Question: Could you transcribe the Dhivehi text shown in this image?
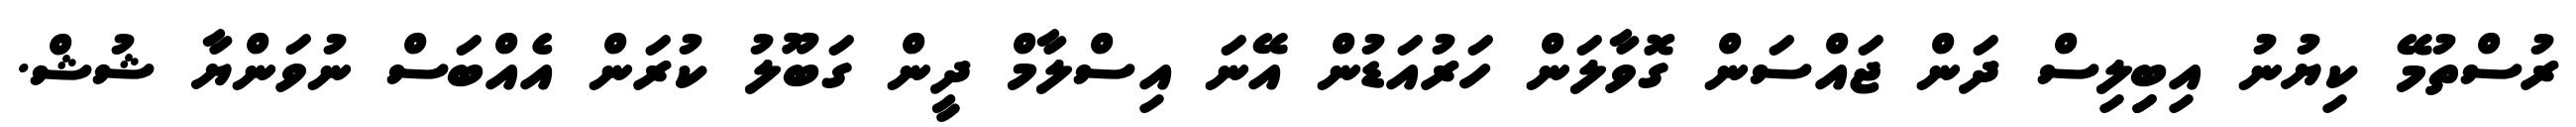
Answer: ރުސްތުމޭ ކިޔުނު އިބިިލިސް ދަން ޖައްސަން ގޮވާލަން ހަރުއަޑުން އޭނަ އިސްލާމް ދީން ގަބޫލު ކުރަން އެއްބަސް ނުވަންޔާ ޝުޝް.